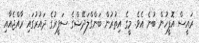
ރައީސް އޮފީހުން ބުނެ އެވެ. މީގެ އިތުރުން ބަންގްލަދޭޝްގެ ސަފީރުގެ ދައުރުގައި ރާއްޖެއާއި